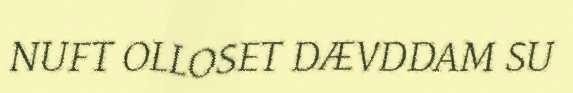
NUFT OLLOSET DÆVDDAM SU